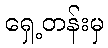
ရှေ့တန်းမှ